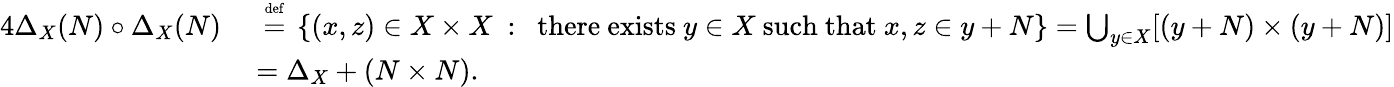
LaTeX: {\begin{array}{rl}{{4}\Delta_{X}(N)\circ\Delta_{X}(N)~}&{~{\stackrel{\scriptscriptstyle{\mathrm{def}}}{=}}~\left\{ (x,z)\in X\times X~:~{\mathrm{~there~exists~}}y\in X{\mathrm{~such~that~}}x,z\in y+N\right\} =\bigcup_{y\in X}[(y+N)\times(y+N)]}\\ &{=\Delta_{X}+(N\times N).}\end{array}}